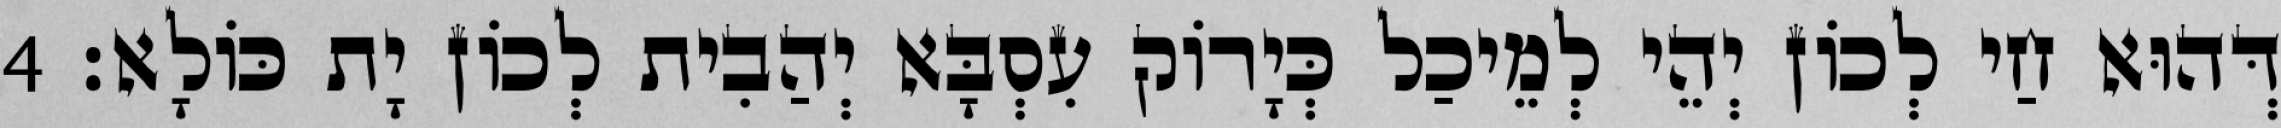
דְּהוּא חַי לְכוֹן יְהֵי לְמֵיכַל כְּיָרוֹק עִסְבָּא יְהַבִית לְכוֹן יָת כּוֹלָא׃ 4